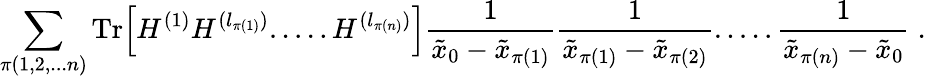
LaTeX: \sum_{\pi(1,2,...n)}\mathrm{Tr}\Big[H^{(1)}H^{(l_{\pi(1)})}.....H^{(l_{\pi(n)})}\Big]\frac{1}{\tilde{x}_{0}-\tilde{x}_{\pi(1)}}\frac{1}{\tilde{x}_{\pi(1)}-\tilde{x}_{\pi(2)}}.....\frac{1}{\tilde{x}_{\pi(n)}-\tilde{x}_{0}}\; .